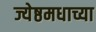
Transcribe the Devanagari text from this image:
ज्येष्ठमधाच्या